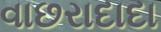
વાછરાદાદા